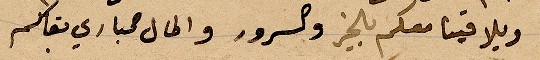
ويلاقينا معكم بالخير والسرور والمال كباري بقاكم